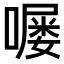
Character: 𫫵